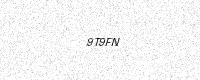
Text: 9T9FN